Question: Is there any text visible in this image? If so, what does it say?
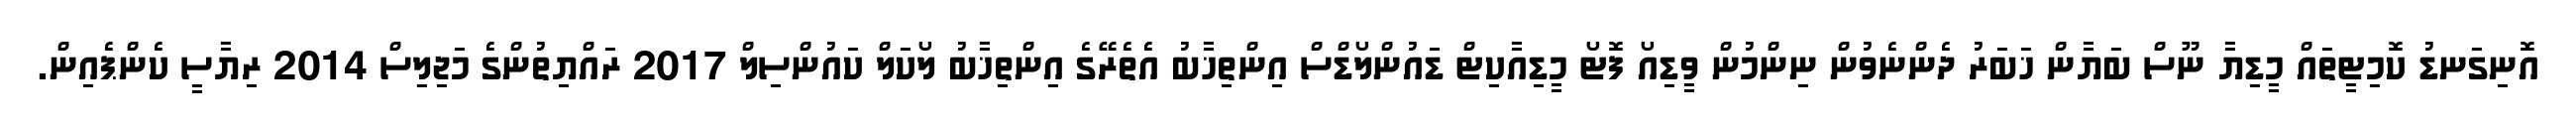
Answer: އޮނިގަނޑު ކޮމިޓީތައް މީޑިޔާ ނޫސް ބަޔާން ޚަބަރު ދެންނެވުން ނިންމުން ވީޑިއޯ ފޮޓޯ މީޑިއާކިޓް ޑައުންލޯޑްސް އިންތިޚާބު އެތެރޭގެ އިންތިޚާބު ލޯކަލް ކައުންސިލް 2017 ރައްޔިތުންގެ މަޖިލިސް 2014 ރިޔާސީ ކެންޕެއިން.